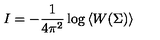
I = - \frac { 1 } { 4 \pi ^ { 2 } } \log \left< W ( \Sigma ) \right>